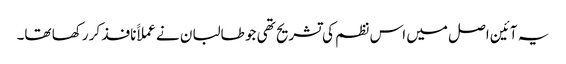
یہ آئین اصل میں اس نظم کی تشریح تھی جو طالبان نے عملاََ نافذ کر رکھا تھا۔